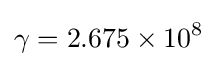
\gamma =2.675\times 10^{8}